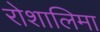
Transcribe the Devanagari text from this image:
रोशालिमा